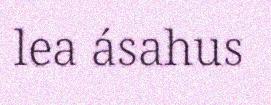
lea ásahus